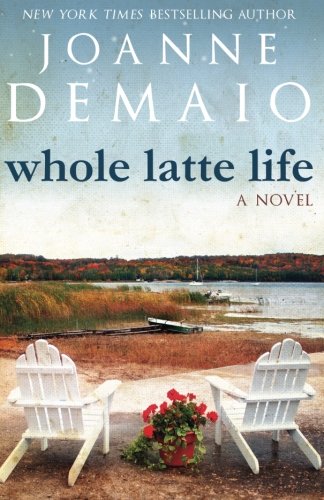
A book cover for Whole Latte Life; Joanne DeMaio; Literature & Fiction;